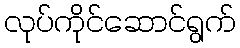
လုပ်ကိုင်ဆောင်ရွက်